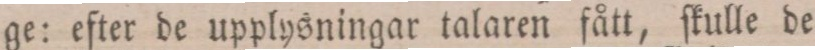
ge: efter de upplysningar talaren fått, ſkulle de